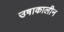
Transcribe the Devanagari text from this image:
उषाकालीन